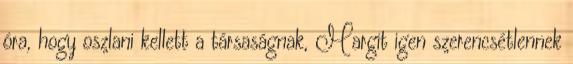
óra, hogy oszlani kellett a társaságnak, Margit igen szerencsétlennek